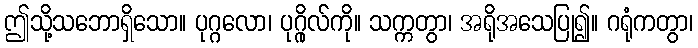
ဤသို့သဘောရှိသော။ ပုဂ္ဂလော၊ ပုဂ္ဂိုလ်ကို။ သက္ကတွာ၊ အရိုအသေပြု၍။ ဂရုံကတွာ၊